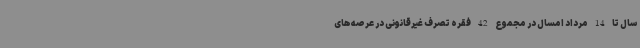
سال تا 14 مرداد امسال در مجموع 42 فقره تصرف غیرقانونی در عرصه‌های